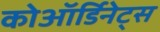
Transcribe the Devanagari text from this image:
कोऑर्डिनेट्स